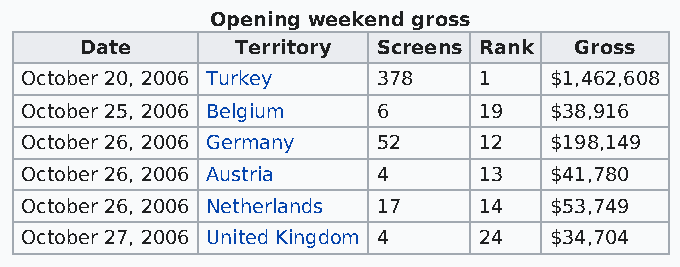
Opening weekend gross
 Date       Territory Screens Rank Gross
 October 20, 2006 Turkey 378    1   $1,462,608
 October 25, 2006 Belgium 6     19  $38,916
 October 26, 2006 Germany 52    12  $198,149
 October 26, 2006 Austria 4     13  $41,780
 October 26, 2006 Netherlands 17 14 $53,749
 October 27, 2006 United Kingdom 4 24 $34,704